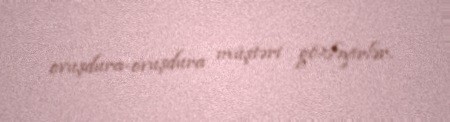
ovuşdura-ovuşdura müştəri gözləyirlər.